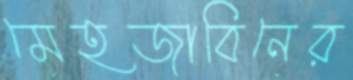
মেহজাবিনের